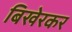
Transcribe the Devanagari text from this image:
बिखेरकर